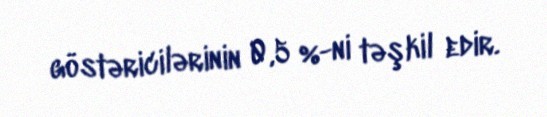
göstəricilərinin 0,5 %-ni təşkil edir.